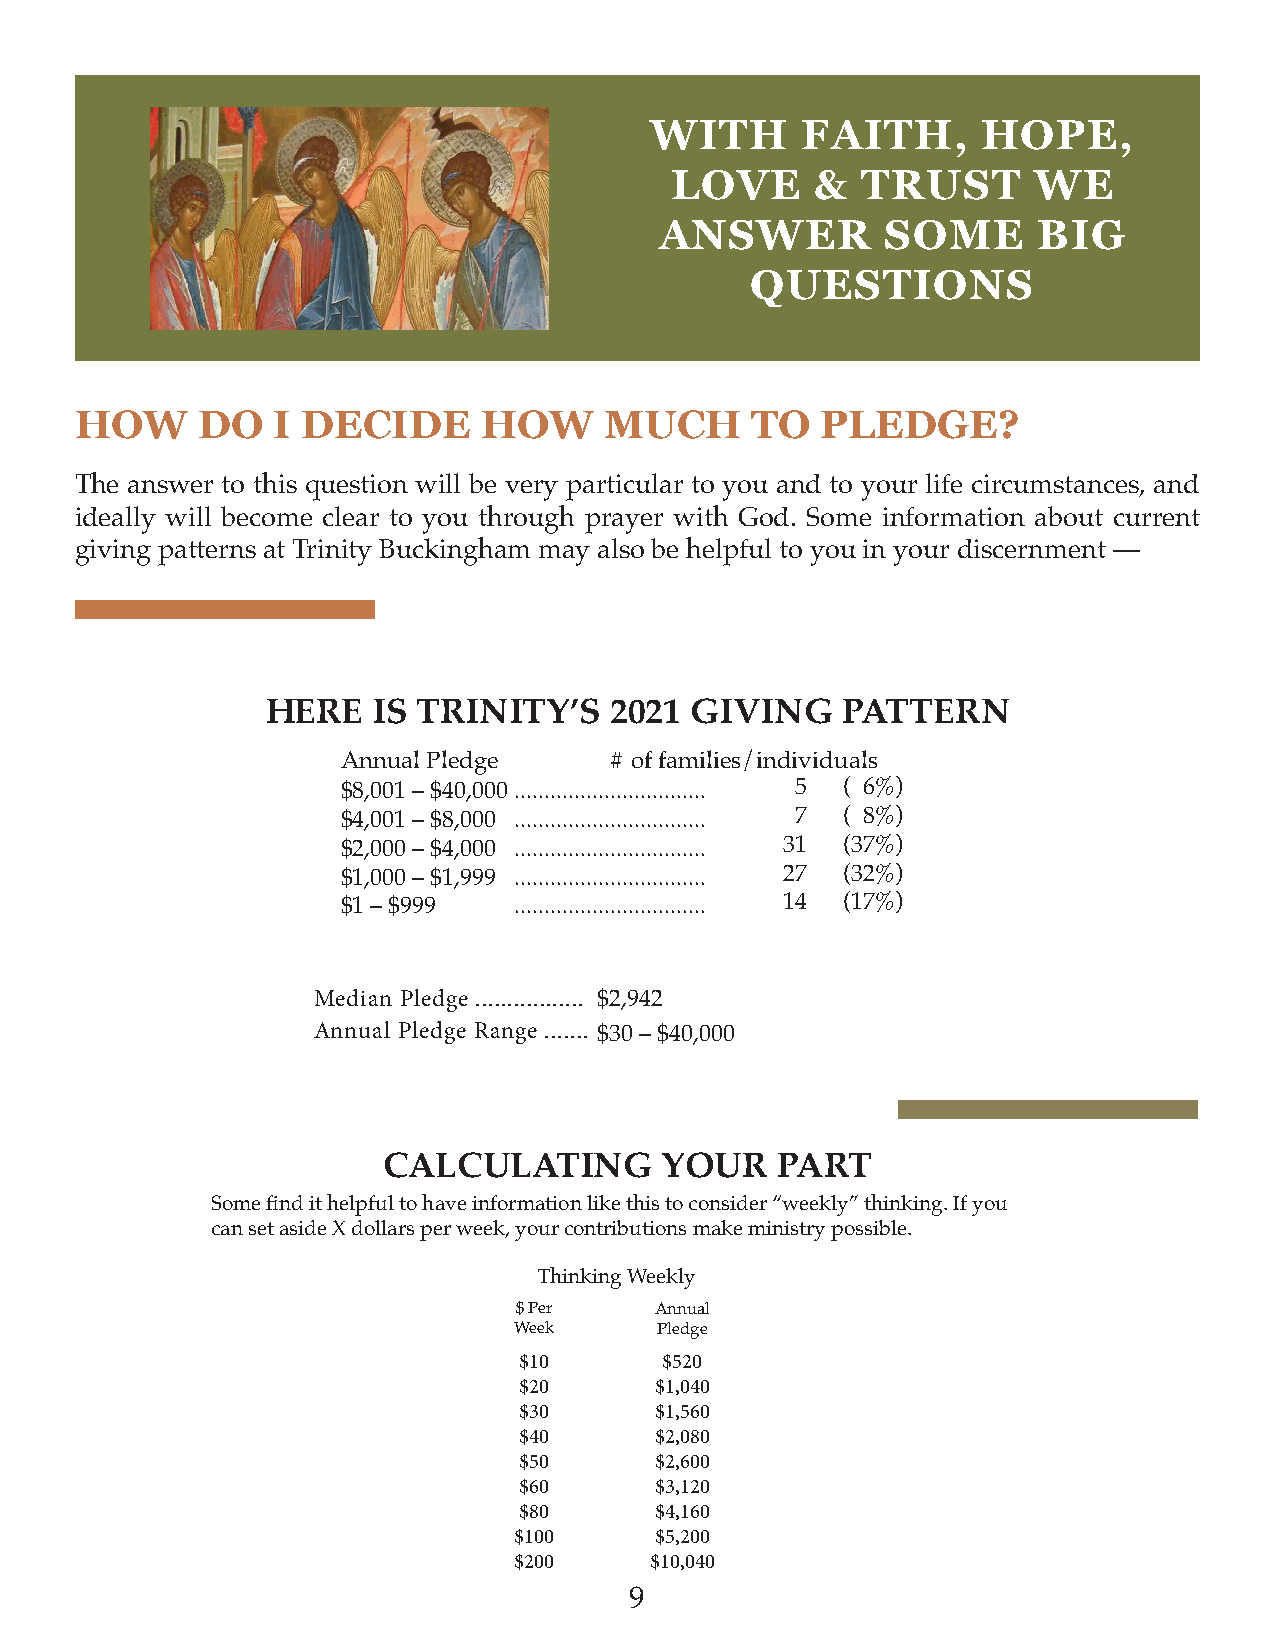
WITH      FAITH,      HOPE,
 LOVE      &  TRUST      WE
 ANSWER         SOME      BIG
 QUESTIONS
 HOW     DO   I DECIDE      HOW     MUCH      TO  PLEDGE?
 The answer to this question will be very particular to you and to your life circumstances, and
 ideally will become clear to you through prayer with God. Some information about current
 giving patterns at Trinity Buckingham may also be helpful to you in your discernment —
 HERE   IS TRINITY’S   2021  GIVING    PATTERN
 Annual Pledge    # of families/individuals
 $8,001 – $40,000 ................................ 5 ( 6%)
 $4,001 – $8,000 ................................ 7 ( 8%)
 $2,000 – $4,000 ................................ 31 (37%)
 $1,000 – $1,999 ................................ 27 (32%)
 $1 – $999  ................................ 14 (17%)
 Median Pledge ................. $2,942
 Annual Pledge Range ....... $30 – $40,000
 CALCULATING        YOUR   PART
 Some find it helpful to have information like this to consider “weekly” thinking. If you
 can set aside X dollars per week, your contributions make ministry possible.
 Thinking Weekly
 $ Per    Annual
 Week      Pledge
 $10       $520
 $20      $1,040
 $30      $1,560
 $40      $2,080
 $50      $2,600
 $60      $3,120
 $80      $4,160
 $100     $5,200
 $200     $10,040
 9